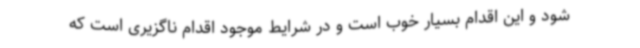
شود و این اقدام بسیار خوب است و در شرایط موجود اقدام ناگزیری است که